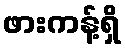
ဖားကန့်ရှိ